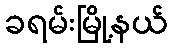
ခရမ်းမြို့နယ်